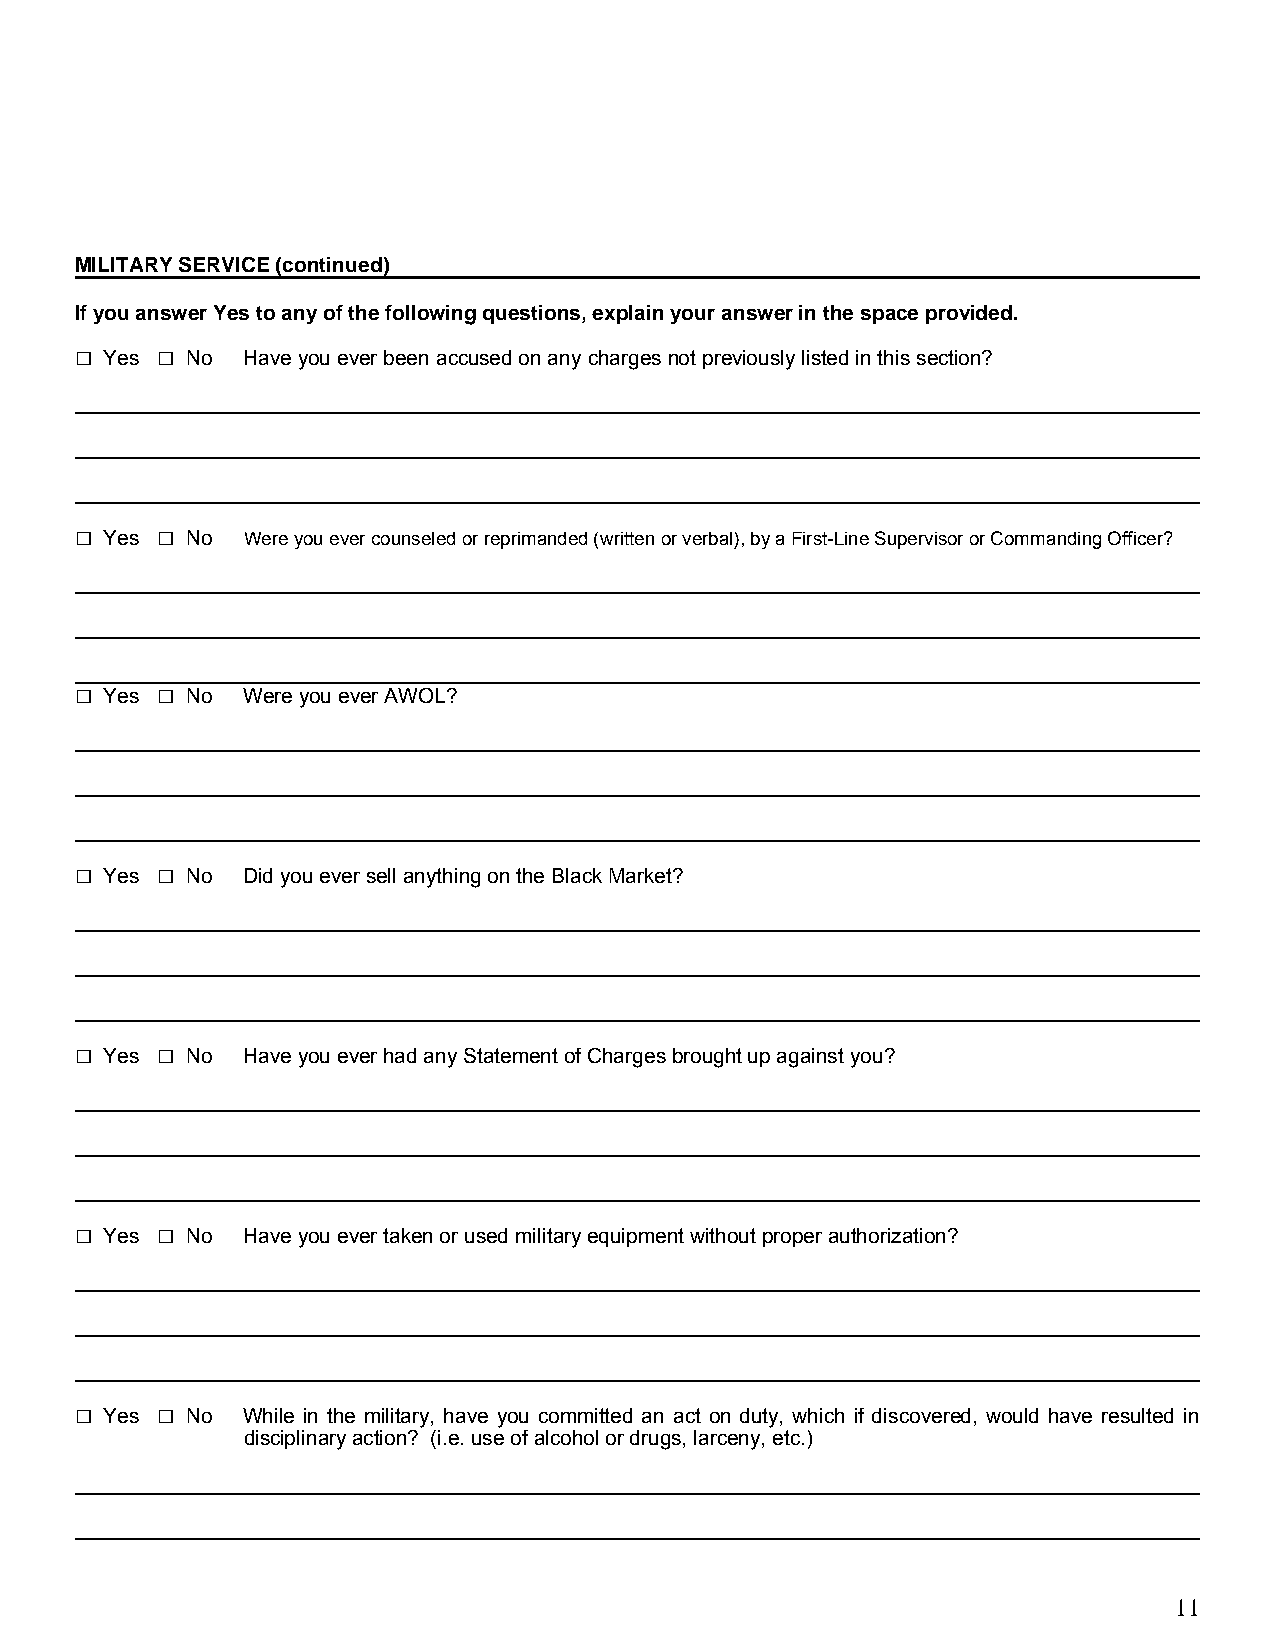
MILITARY SERVICE (continued)
 If you answer Yes to any of the following questions, explain your answer in the space provided.
 □    □
 Yes  No  Have you ever been accused on any charges not previously listed in this section?
 _________________________________________________________________________________________________
 _________________________________________________________________________________________________
 _________________________________________________________________________________________________
 □    □
 Yes  No  Were you ever counseled or reprimanded (written or verbal), by a First-Line Supervisor or Commanding Officer?
 _________________________________________________________________________________________________
 _________________________________________________________________________________________________
 _________________________________________________________________________________________________
 □    □
 Yes  No  Were you ever AWOL?
 _________________________________________________________________________________________________
 _________________________________________________________________________________________________
 _________________________________________________________________________________________________
 □    □
 Yes  No  Did you ever sell anything on the Black Market?
 _________________________________________________________________________________________________
 _________________________________________________________________________________________________
 _________________________________________________________________________________________________
 □    □
 Yes  No  Have you ever had any Statement of Charges brought up against you?
 _________________________________________________________________________________________________
 _________________________________________________________________________________________________
 _________________________________________________________________________________________________
 □    □
 Yes  No  Have you ever taken or used military equipment without proper authorization?
 _________________________________________________________________________________________________
 _________________________________________________________________________________________________
 _________________________________________________________________________________________________
 □    □
 Yes  No  While in the military, have you committed an act on duty, which if discovered, would have resulted in
 disciplinary action? (i.e. use of alcohol or drugs, larceny, etc.)
 _________________________________________________________________________________________________
 _________________________________________________________________________________________________
 11